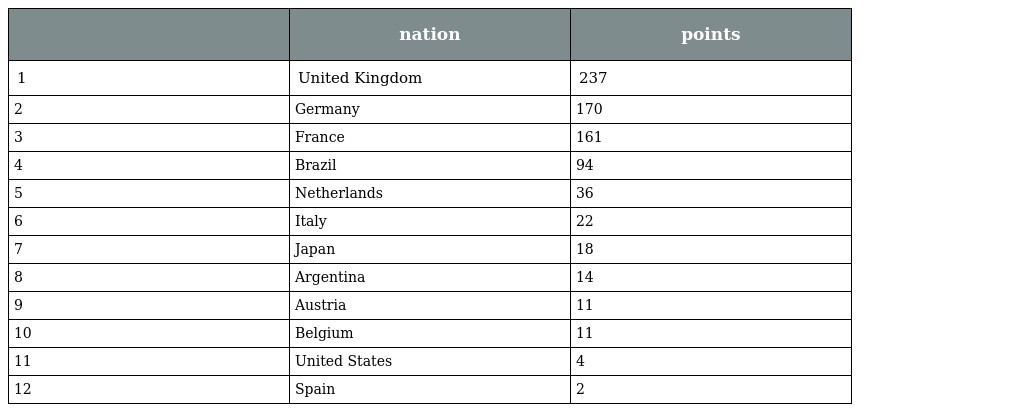
|  | nation | points |
 | --- | --- | --- |
 | 1 | United Kingdom | 237 |
 | 2 | Germany | 170 |
 | 3 | France | 161 |
 | 4 | Brazil | 94 |
 | 5 | Netherlands | 36 |
 | 6 | Italy | 22 |
 | 7 | Japan | 18 |
 | 8 | Argentina | 14 |
 | 9 | Austria | 11 |
 | 10 | Belgium | 11 |
 | 11 | United States | 4 |
 | 12 | Spain | 2 |